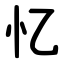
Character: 忆